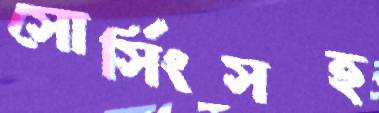
সোর্সিংসহ